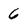
Character: 6